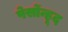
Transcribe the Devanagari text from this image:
पेर्सोन्हूद